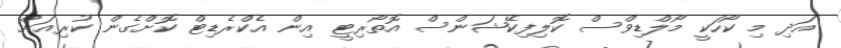
އަދި މި ކޯހަކީ މޯލްޑިވްސް ކޮލިފިކޭޝަންސް އޮތޯރިޓީ އިން އެކްރެޑިޓް ކޮށްގެން ކުރިއަށް